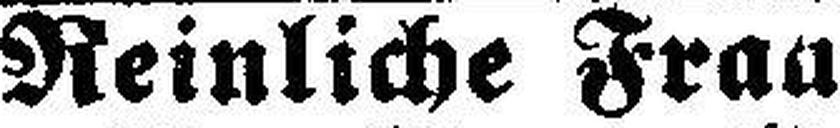
Reinliche Frau